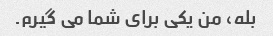
بله، من یکی برای شما می گیرم.